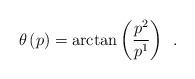
LaTeX: \begin{align*}\theta \left( p\right) =\arctan \left( \frac{p^2}{p^1}\right) \;\,.\end{align*}